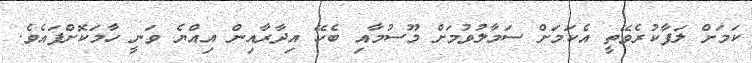
ކަމަށް ލަފާކުރެވޭތީ އެކަމަށް ސަމާލުވުމަށް މޫސުމާއި ބެހޭ އިދާރާއިން އިއްޔެ ވަނީ ހާމަކޮށްފައެވެ.